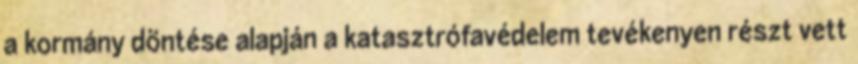
a kormány döntése alapján a katasztrófavédelem tevékenyen részt vett